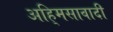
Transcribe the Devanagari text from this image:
अहि्मसावादी